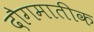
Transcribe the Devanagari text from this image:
दौगमातीक